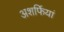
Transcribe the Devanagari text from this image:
अशर्फियां